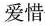
爱惜